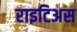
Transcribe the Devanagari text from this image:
राइटिअस